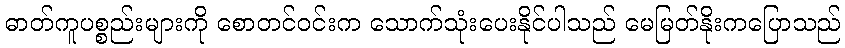
ဓာတ်ကူပစ္စည်းများကို စောတင်ဝင်းက သောက်သုံးပေးနိုင်ပါသည် မေမြတ်နိုးကပြောသည်